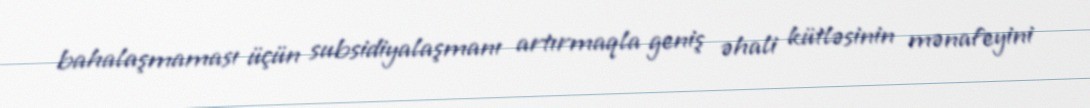
bahalaşmaması üçün subsidiyalaşmanı artırmaqla geniş əhali kütləsinin mənafeyini